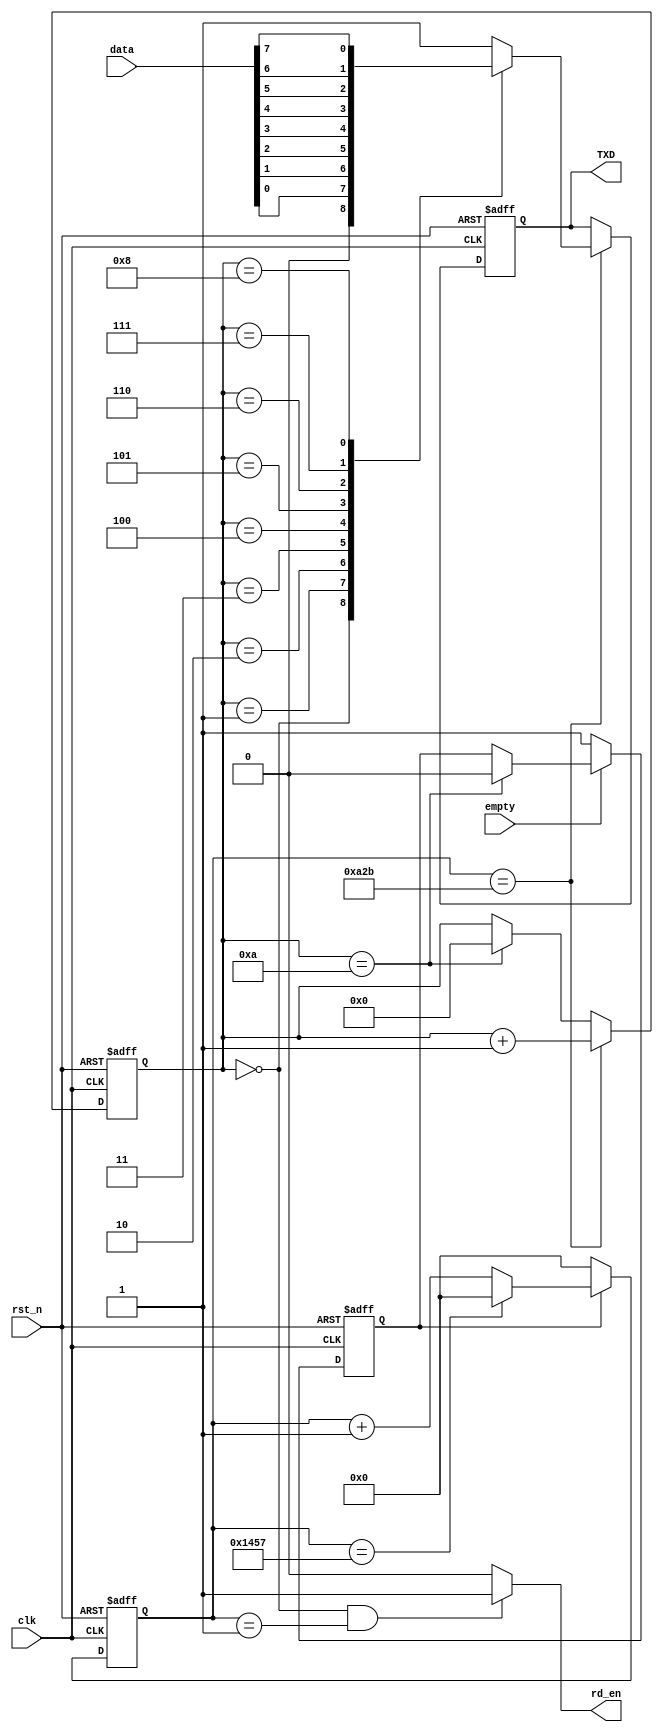
`timescale 1ns / 1ps
//////////////////////////////////////////////////////////////////////////////////
// Company: 
// Engineer: 
// 
// Design Name: 
// Module Name: uart_tx
// Project Name: 
// Target Devices: 
// Tool Versions: 
// Description: 
// 
// Dependencies: 
// 
// Revision:
// Revision 0.01 - File Created
// Additional Comments:
// 
//////////////////////////////////////////////////////////////////////////////////


module uart_tx(
  
  input   wire             clk,
  input   wire             rst_n,
  input   wire             empty,
  input   wire     [7:0]      data,
  output   wire             rd_en,
  output   reg              TXD
);
  
  parameter t = 5208;

  reg     [14:0]      cnt;
  reg             flag;
  reg     [3:0]      num;
  
  
  always @ (posedge clk, negedge rst_n)
  begin
    if(rst_n == 1'b0)
      cnt <= 15'd0;
    else if(flag)
      begin
        if(cnt == t - 1)
          cnt <= 15'd0;
        else
          cnt <= cnt + 1'b1;
      end
    else
      cnt <= 15'd0;
  end
  
  always @ (posedge clk, negedge rst_n)
  begin
    if(rst_n == 1'b0)
      flag <= 1'b0;
    else if(empty == 1'b0)
      flag <= 1'b1;
    else if(num == 4'd10)
      flag <= 1'b0;
    else
      flag <= flag;
  end
  
  always @ (posedge clk, negedge rst_n)
  begin
    if(rst_n == 1'b0)
      num <= 4'd0;
    else if(cnt == t / 2 - 1)
      num <= num + 1'b1;
    else if(num == 4'd10)
      num <= 4'd0;
    else
      num <= num;
  end
  
  assign rd_en = (num == 4'd0 && cnt == 15'd1) ? 1'b1 : 1'b0;
  
  always @ (posedge clk, negedge rst_n)
  begin
    if(rst_n == 1'b0)
      TXD <= 1'b1;
    else if(cnt == t / 2 - 1)
      case(num)
        4'd0  :  TXD <= 1'b0;
        4'd1  :  TXD <= data[0];
        4'd2  :  TXD <= data[1];
        4'd3  :  TXD <= data[2];
        4'd4  :  TXD <= data[3];
        4'd5  :  TXD <= data[4];
        4'd6  :  TXD <= data[5];
        4'd7  :  TXD <= data[6];
        4'd8  :  TXD <= data[7];
        4'd9  :  TXD <= 1'b1;
        default  :  TXD <= 1'b1;
      endcase
  end

endmodule